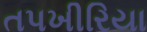
તપખીરિયા